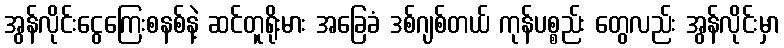
အွန်လိုင်းငွေကြေးစနစ်နဲ့ ဆင်တူရိုးမား အခြေခံ ဒစ်ဂျစ်တယ် ကုန်ပစ္စည်း တွေလည်း အွန်လိုင်းမှာ